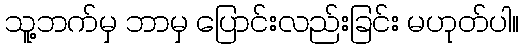
သူ့ဘက်မှ ဘာမှ ပြောင်းလည်းခြင်း မဟုတ်ပါ။